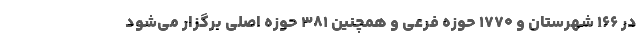
در ۱۶۶ شهرستان و ۱۷۷۰ حوزه فرعی و همچنین ۳۸۱ حوزه اصلی برگزار می‌شود